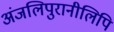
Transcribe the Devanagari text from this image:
अंजलिपुरानीलिपि